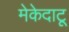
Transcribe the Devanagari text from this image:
मेकेदाटू